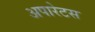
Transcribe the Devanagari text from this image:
अपारेटस